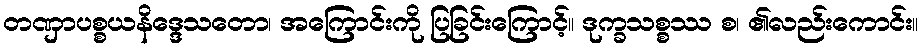
တဏှာပစ္စယနိဒ္ဒေသတော၊ အကြောင်းကို ပြခြင်းကြောင့်။ ဒုက္ခသစ္စဿ စ၊ ၏လည်းကောင်း။